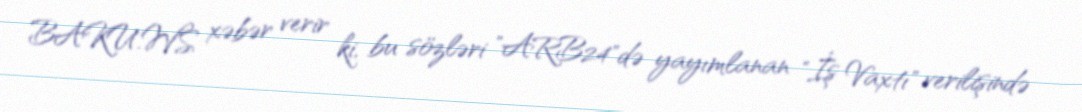
BAKU.WS xəbər verir ki, bu sözləri "ARB24"də yayımlanan "İş Vaxtı" verilişində